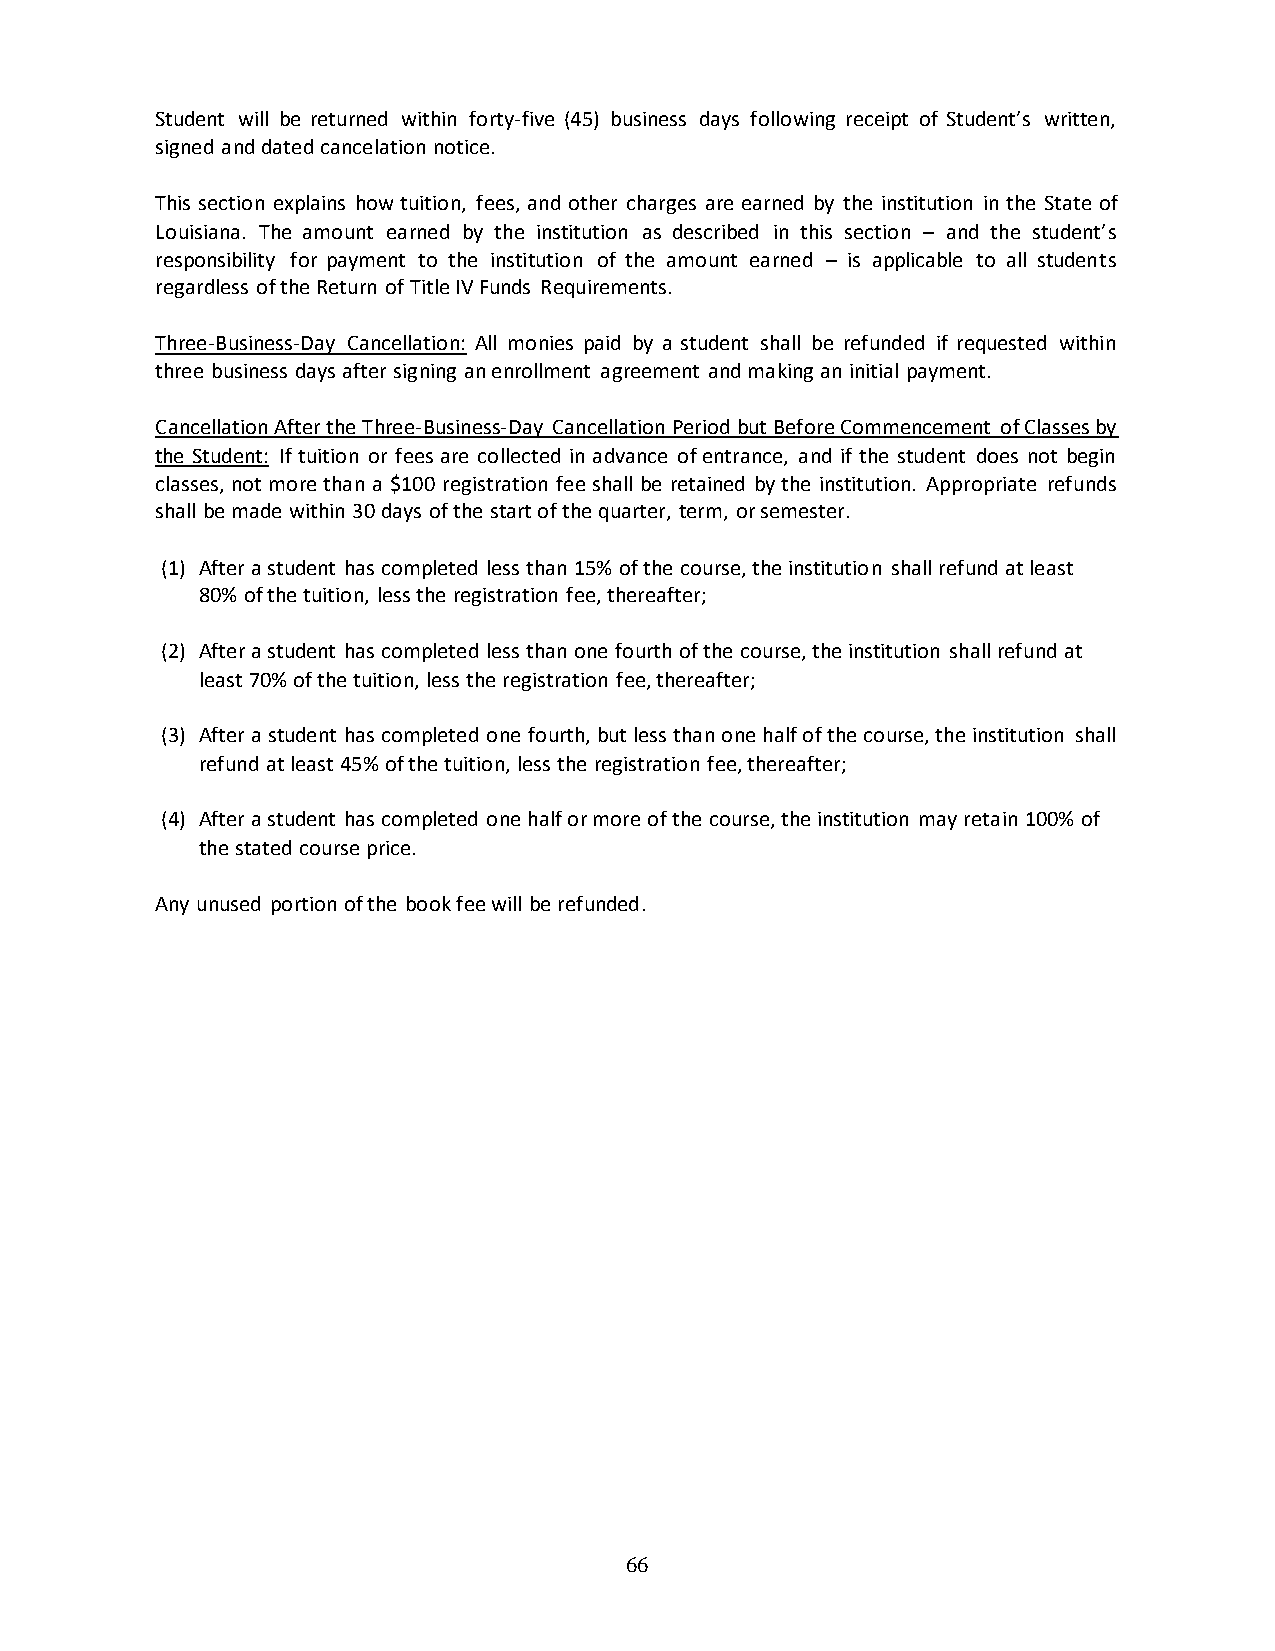
Student will be returned within forty-five (45) business days following receipt of Student’s written,
 signed and dated cancelation notice.
 This section explains how tuition, fees, and other charges are earned by the institution in the State of
 Louisiana. The amount earned by the institution as described in this section – and the student’s
 responsibility for payment to the institution of the amount earned – is applicable to all students
 regardless of the Return of Title IV Funds Requirements.
 Three-Business-Day Cancellation: All monies paid by a student shall be refunded if requested within
 three business days after signing an enrollment agreement and making an initial payment.
 Cancellation After the Three-Business-Day Cancellation Period but Before Commencement of Classes by
 the Student: If tuition or fees are collected in advance of entrance, and if the student does not begin
 classes, not more than a $100 registration fee shall be retained by the institution. Appropriate refunds
 shall be made within 30 days of the start of the quarter, term, or semester.
 (1) After a student has completed less than 15% of the course, the institution shall refund at least
 80% of the tuition, less the registration fee, thereafter;
 (2) After a student has completed less than one fourth of the course, the institution shall refund at
 least 70% of the tuition, less the registration fee, thereafter;
 (3) After a student has completed one fourth, but less than one half of the course, the institution shall
 refund at least 45% of the tuition, less the registration fee, thereafter;
 (4) After a student has completed one half or more of the course, the institution may retain 100% of
 the stated course price.
 Any unused portion of the book fee will be refunded.
 66